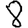
Digit: 8